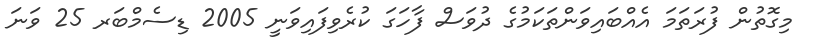
މިގޮތުން ފުރަތަމަ އެއްބައިވަންތަކަމުގެ ދުވަސް ފާހަގަ ކުރެވިފައިވަނީ 2005 ޑިސެމްބަރ 25 ވަނަ